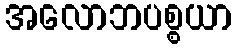
အလောဘပစ္စယာ